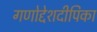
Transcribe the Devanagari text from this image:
गणोद्देशदीपिका